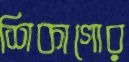
শিকাগোর